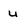
Character: U